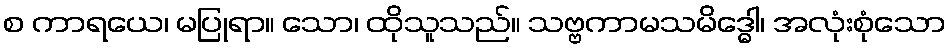
စ ကာရယေ၊ မပြုရာ။ သော၊ ထိုသူသည်။ သဗ္ဗကာမသမိဒ္ဓေါ၊ အလုံးစုံသော